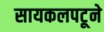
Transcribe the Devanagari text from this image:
सायकलपटूने